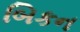
બિકન